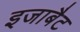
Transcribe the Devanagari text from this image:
इजाबैट